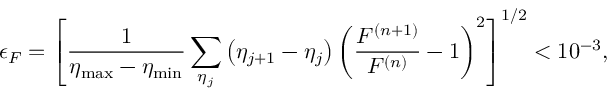
\epsilon _ { F } = \left[ \frac { 1 } { \eta _ { \mathrm { m a x } } - \eta _ { \mathrm { m i n } } } \sum _ { \eta _ { j } } \left( \eta _ { j + 1 } - \eta _ { j } \right) \left( \frac { F ^ { ( n + 1 ) } } { F ^ { ( n ) } } - 1 \right) ^ { 2 } \right] ^ { 1 / 2 } < 1 0 ^ { - 3 } ,